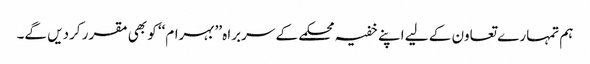
ہم تمہارے تعاون کے لیے اپنے خفیہ محکمے کے سربراہ ’’بہرام‘‘ کو بھی مقرر کردیں گے۔